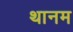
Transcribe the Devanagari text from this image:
थानम